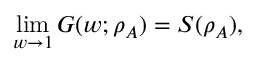
\operatorname* { l i m } _ { w \to 1 } G ( w ; \rho _ { A } ) = S ( \rho _ { A } ) ,